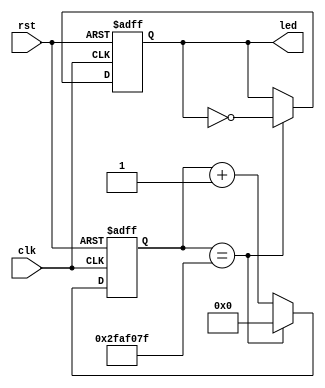
`timescale 1ns / 1ps
`default_nettype none

module blink #(
   parameter INIT=1,
   parameter CDIV=50_000_000
)(
   input clk,
   input rst,
   output reg led
);
   reg [31:0] counter;

   always @(posedge clk or posedge rst) begin
      if (rst) begin
         counter <= 0;
         led <= INIT;
      end
      else begin
         counter <= counter + 1;
         if (counter == CDIV - 1) begin
            counter <= 0;
            led <= ~led;
         end
      end
   end
endmodule

`default_nettype wire